Vabadussoja_Ajaloo_Komitee, lk 6
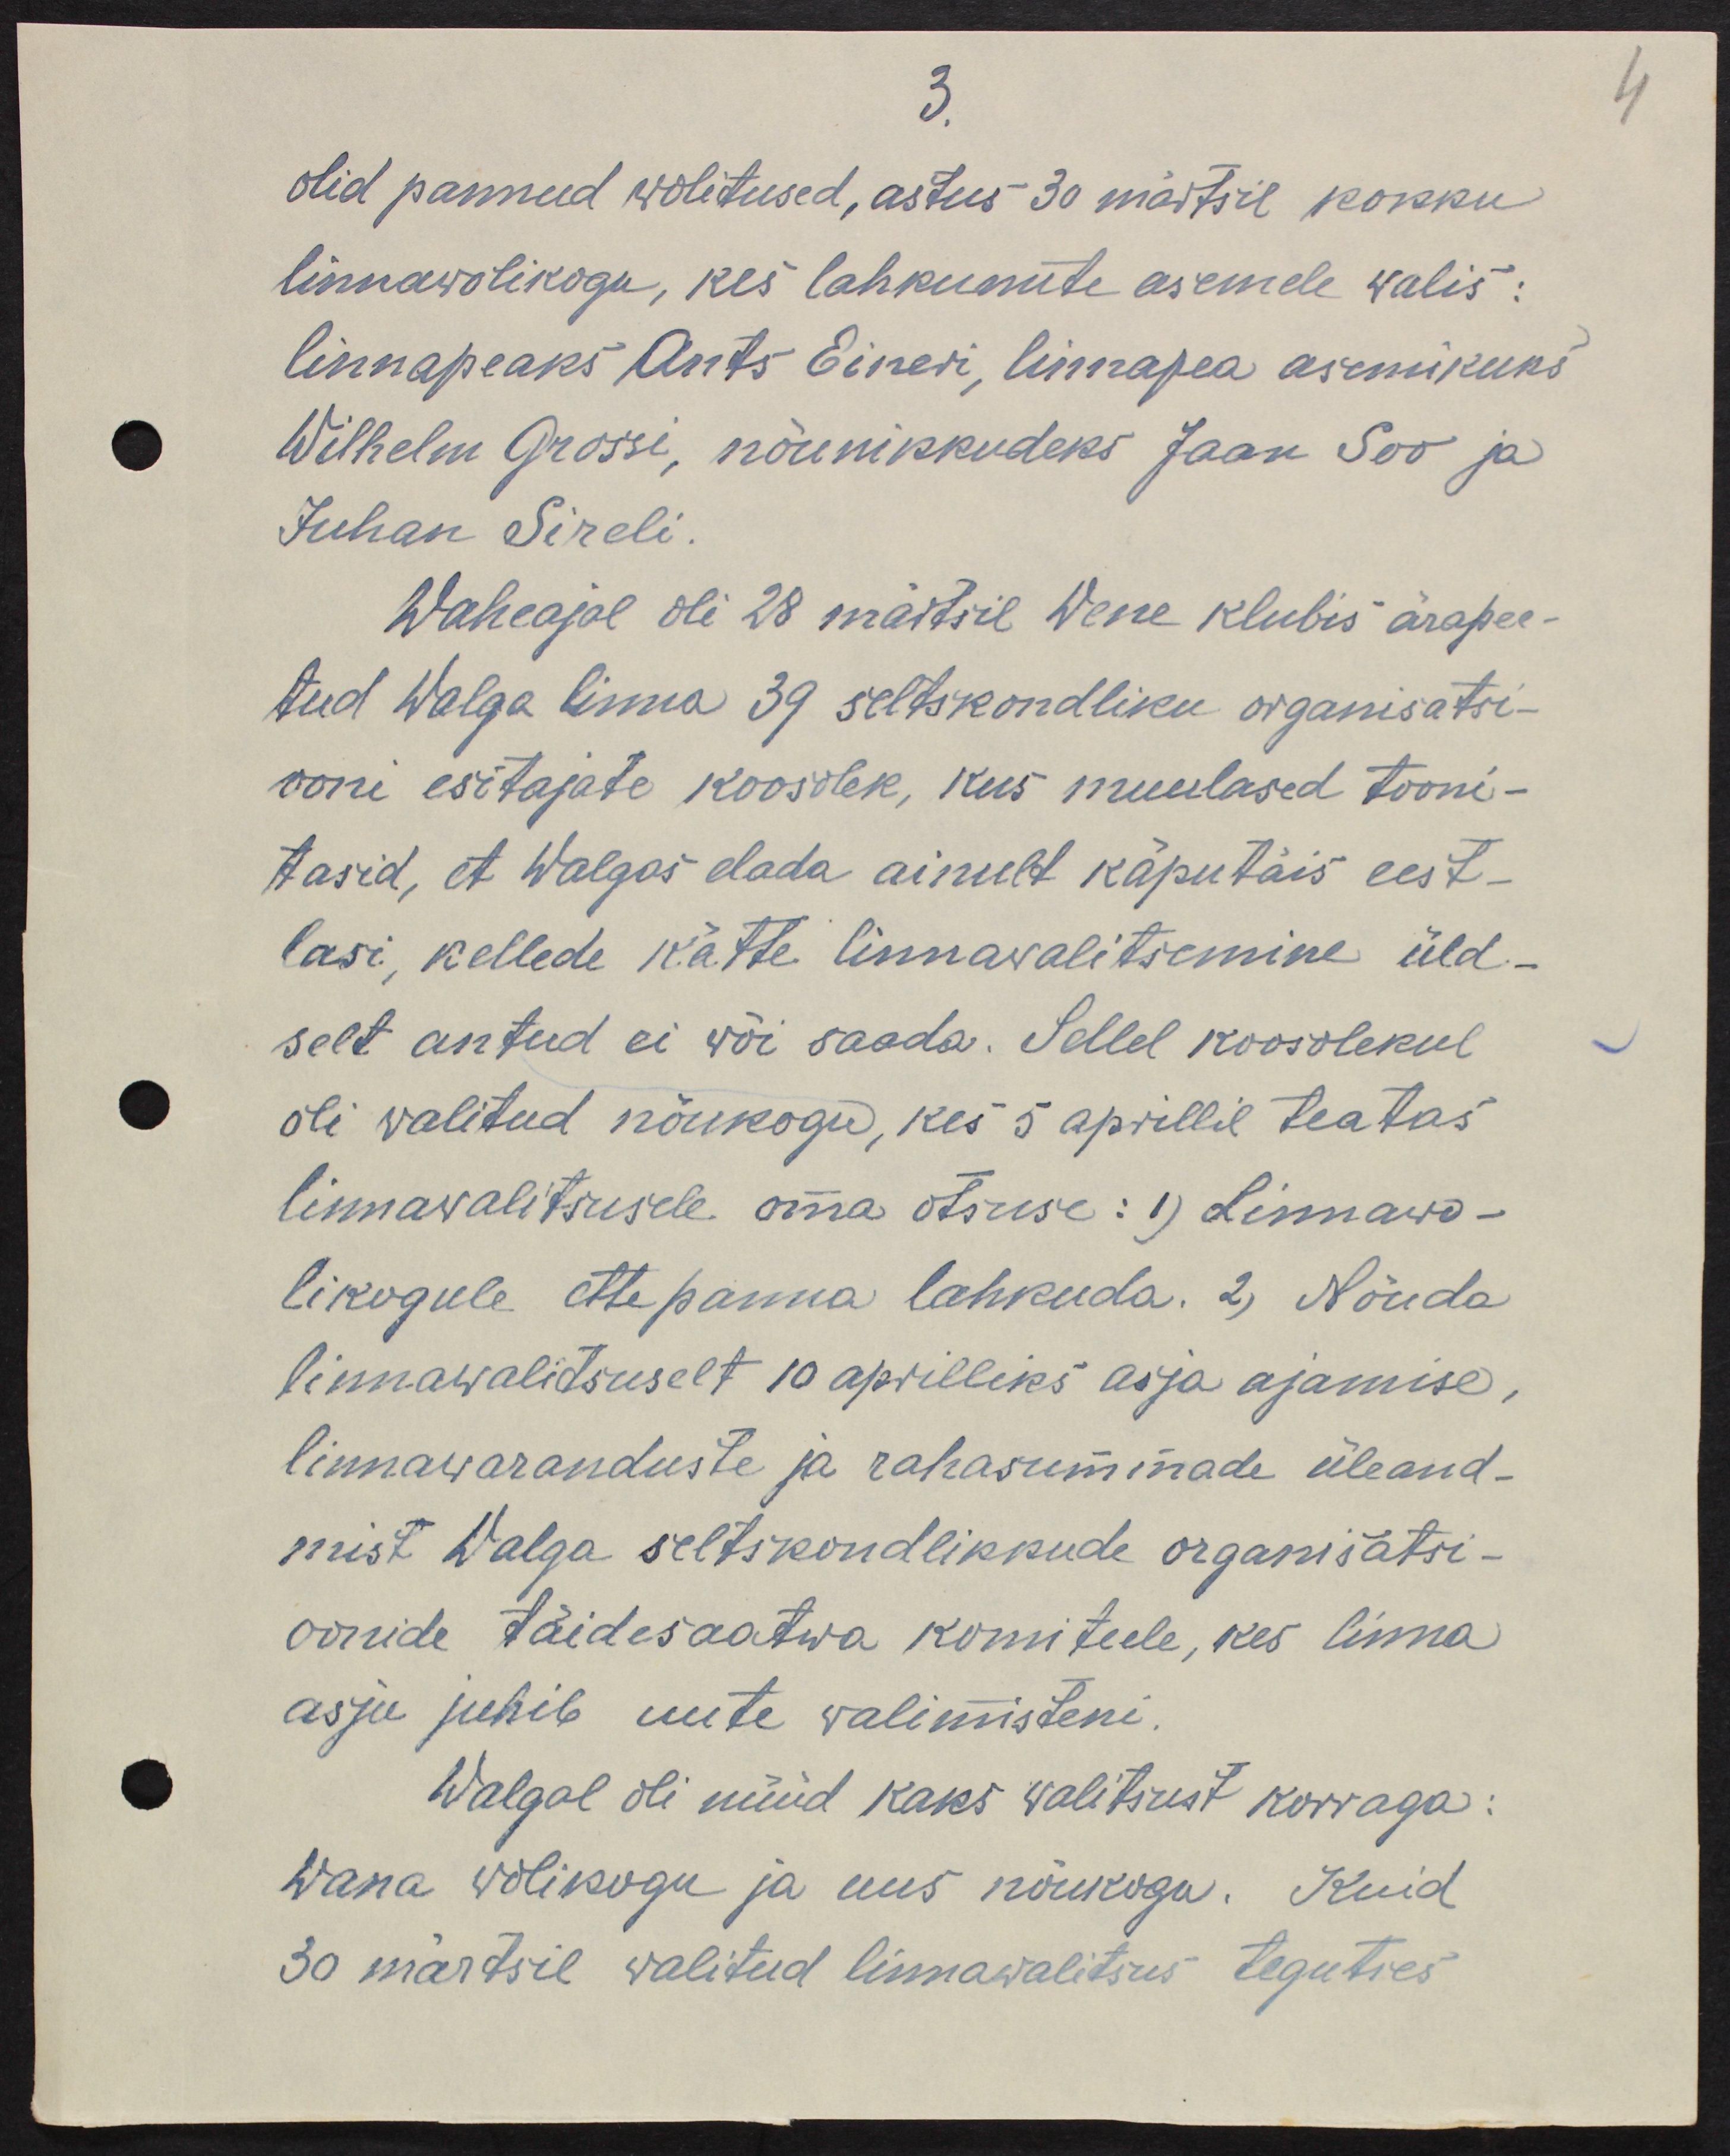
olid pannud wolitused, astus 30 märtsil kokku
linnawolikogu, kes lahkunute asemele walis:
linnapeaks Ants Eineri, linnapea asemikuks
Wilhelm Grossi, nõunikkudeks Jaan Soo ja
Juhan Sireli.
Waheajal oli 28 märtsil Wene klubis ärapee-
tud Walga linna 39 seltskondliku organisatsi-
ooni esitajate koosolek, kus muulased tooni-
tasid, et Walgas elada ainult käputäis eest-
lasi, kellede kätte linnavalitsemine üld-
selt antud ei wõi saada. Sellel koosolekul
oli walitud nõukogu, kes 5 aprillil teatas
linnawalitsusele oma otsuse: 1) Linnawo-
likogule ettepanna lahkuda. 2) Nõuda
linnawalitsuselt 10 aprilliks asja ajamise,
linnawaranduste ja rahasummade üleand-
mist Walga seltskondlikkude organisatsi-
oonide täidesaatwa komiteele, kes linna
asju juhib uute walimisteni.
Walgal oli nüüd kaks walitsust korraga:
Wana wolikogu ja uus nõukogu. Kuid
30 märtsil walitud linnawalitsus tegutses